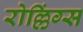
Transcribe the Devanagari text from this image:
रोल्लिंग्स